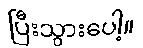
ပြီးသွားပေါ့။